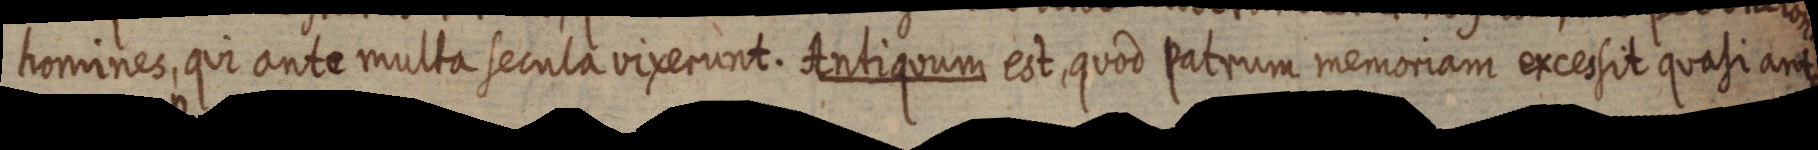
homines, qui ante multa secula vixerunt. Antiquum est quod patrum memoriam excessit quasi ant